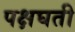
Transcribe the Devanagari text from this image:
पक्षघती